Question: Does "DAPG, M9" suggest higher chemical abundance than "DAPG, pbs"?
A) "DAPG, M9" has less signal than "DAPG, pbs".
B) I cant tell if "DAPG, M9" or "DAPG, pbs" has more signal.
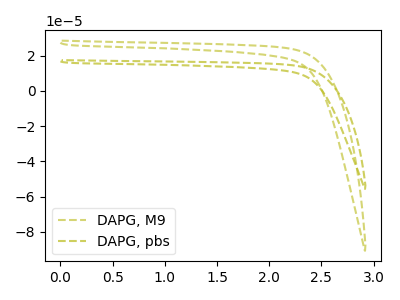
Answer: <think>The olive dashed curve "DAPG, M9" has no peaks. The olive dashed curve "DAPG, pbs" has no peaks.
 Neither "DAPG, M9" or "DAPG, pbs" have any peaks.</think>
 <answer>B) I cant tell if "DAPG, M9" or "DAPG, pbs" has more signal.</answer>
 <eval>B</eval>